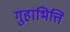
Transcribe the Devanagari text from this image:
गुहाभित्ति